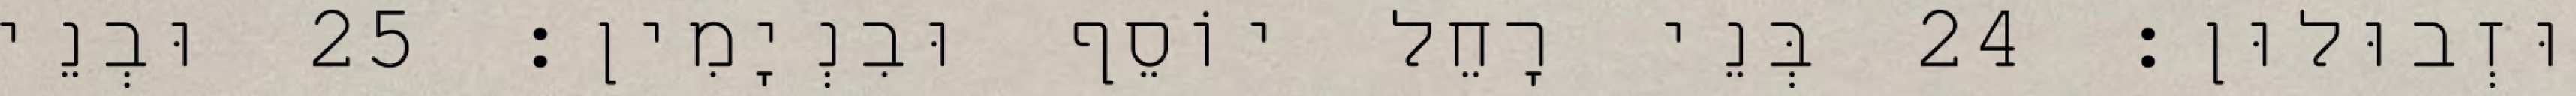
וּזְבוּלוּן׃ 24 בְּנֵי רָחֵל יוֹסֵף וּבִנְיָמִין׃ 25 וּבְנֵי